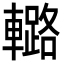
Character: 𨎲